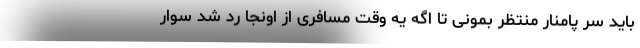
باید سر پامنار منتظر بمونی تا اگه یه وقت مسافری از اونجا رد شد سوار